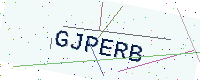
Text: GJPERB